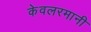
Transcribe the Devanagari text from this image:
केवलरमानी